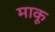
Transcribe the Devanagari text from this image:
माकू